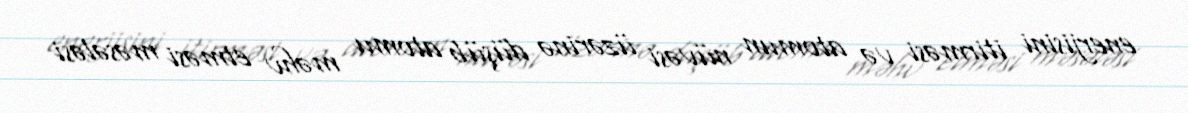
enerjisini itirməsi və atomun nüvəsi üzərinə düşüb atomu məhv etməsi məsələsi